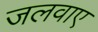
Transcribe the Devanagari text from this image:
जलवाए